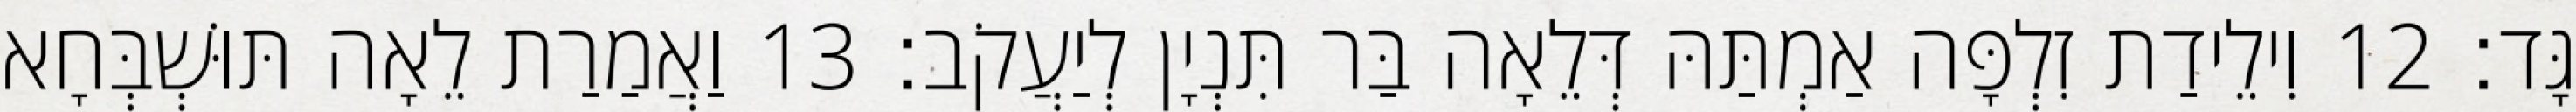
גָּד׃ 12 וִילֵידַת זִלְפָּה אַמְתַּהּ דְּלֵאָה בַּר תִּנְיָן לְיַעֲקֹב׃ 13 וַאֲמַרַת לֵאָה תּוּשְׁבְּחָא